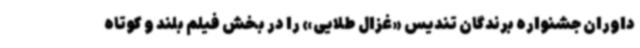
داوران جشنواره برندگان تندیس «غزال طلایی» را در بخش فیلم بلند و کوتاه